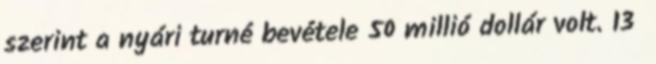
szerint a nyári turné bevétele 50 millió dollár volt. 13